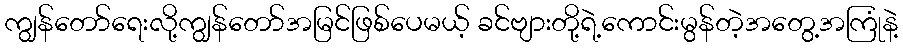
ကျွန်တော်ရေးလို့ကျွန်တော်အမြင်ဖြစ်ပေမယ့် ခင်ဗျားတို့ရဲ့ကောင်းမွန်တဲ့အတွေ့အကြုံနဲ့